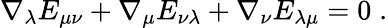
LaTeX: \nabla_{\lambda}E_{\mu\nu}+\nabla_{\mu}E_{\nu\lambda}+\nabla_{\nu}E_{\lambda\mu}=0\; .